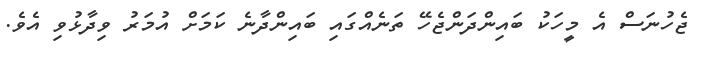
ޖެހުނަސް އެ މީހަކު ބައިންދަންޖެހޭ ތަނެއްގައި ބައިންދާނެ ކަމަށް އުމަރު ވިދާޅުވި އެވެ.